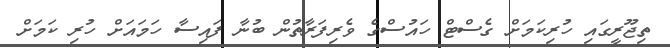
ތިޖޫރީގައި ހުރިކަމަށް ގެސްޓް ހައުސްގެ ވެރިފަރާތުން ބުނާ ފައިސާ ހަމައަށް ހުރި ކަމަށް